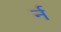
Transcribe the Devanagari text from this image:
र्न